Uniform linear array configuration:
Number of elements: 24
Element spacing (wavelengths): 1
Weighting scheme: cosine
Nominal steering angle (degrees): -60
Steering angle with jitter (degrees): -58.812
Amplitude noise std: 0.05
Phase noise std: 0.05

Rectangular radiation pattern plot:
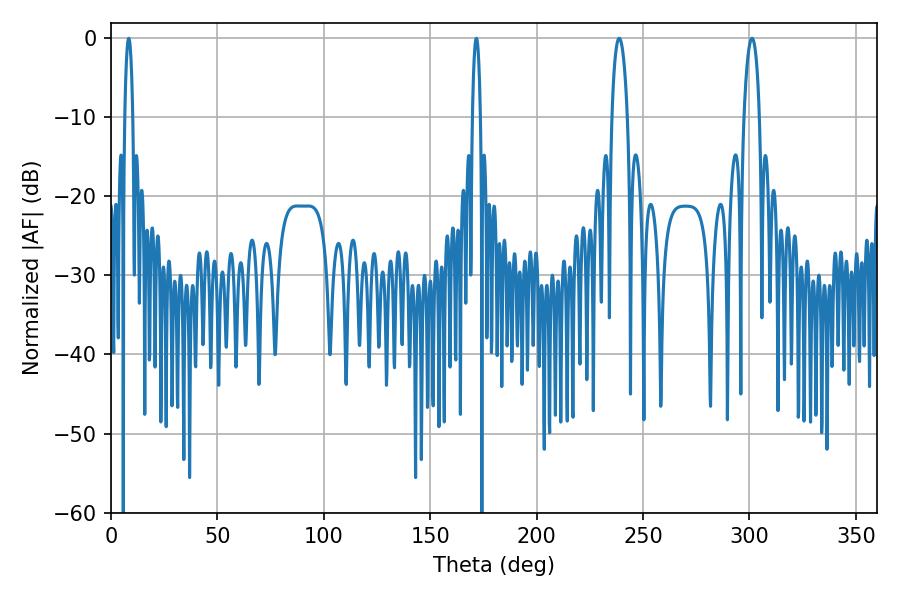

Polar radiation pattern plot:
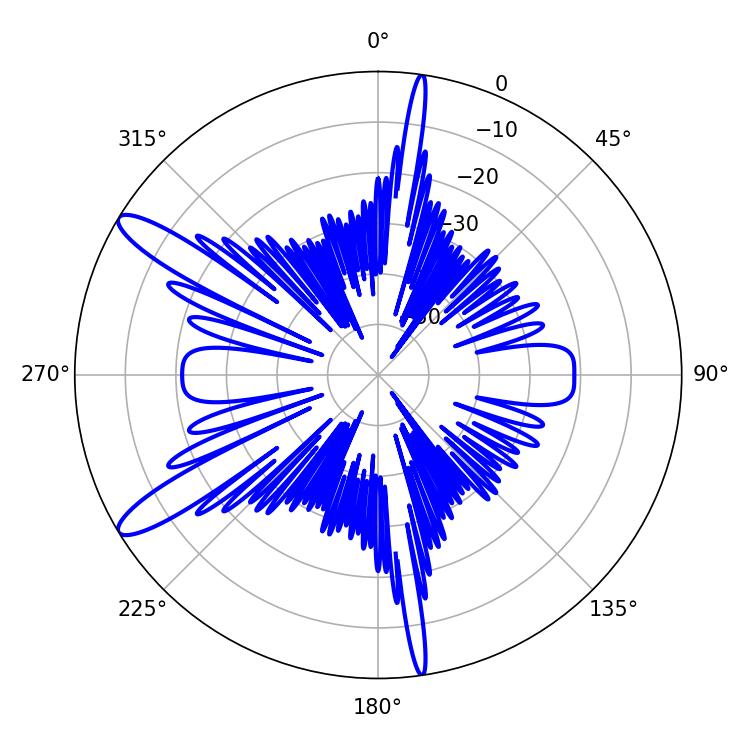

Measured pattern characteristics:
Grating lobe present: TRUE
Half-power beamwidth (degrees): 3.96
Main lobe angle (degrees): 238.86